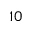
1 0